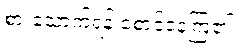
စားသောက်ရန် စောင့်နေကြ၏။